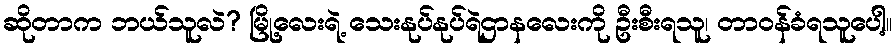
ဆိုတာက ဘယ်သူလဲ? မြို့လေးရဲ့ သေးနုပ်နုပ်ရဲဌာနလေးကို ဦးစီးရသူ၊ တာဝန်ခံရသူပေါ့။